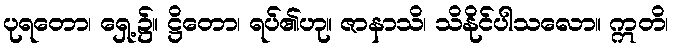
ပုရတော၊ ရှေ့၌။ ဋ္ဌိတော၊ ရပ်၏ဟု။ ဇာနာသိ၊ သိနိုင်ပါသလော။ ဣတိ၊